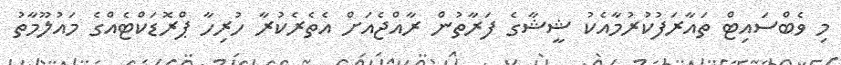
މި ވެބްސައިޓް ތައާރަފުކުރުމާއެކު ޝީޝާގެ ފަރާތުން ރާއްޖެއަށް އެތެރެކުރާ ހުރިހާ ޕްރޮޑަކްޓެއްގެ މައުލޫމާތު